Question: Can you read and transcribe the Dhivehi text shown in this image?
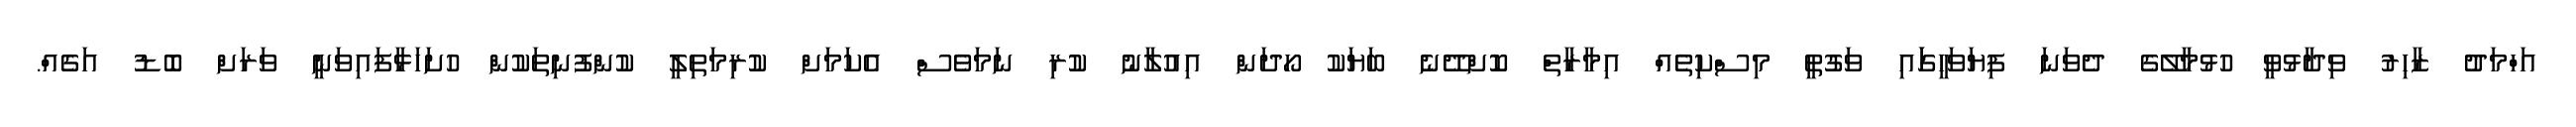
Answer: އަހްމަދު ޒާހިރު ވިދާޅުވީ ހުޅުމާލޭގެ ދެވަނަ ފިޔަވަހީގަައި ވަގުތީ މިސްކިތެއް އިމާރާތް ކޮށްދޭނެ ބަޔަކު ހޯދަން އިއުލާނު ކުރި ނަމަވެސް އެކަމަށް ކުރިމަތިލީ ކުންފުނިތަކުން ހުށަހަޅާފައިވަނީ ވަރަށް ބޮޑު އަގެއް.